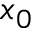
x _ { 0 }